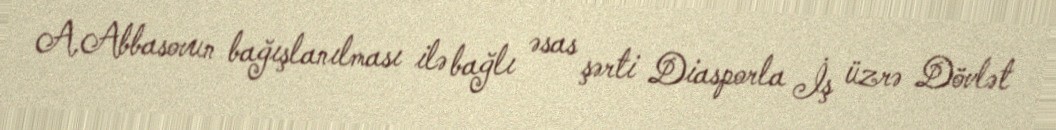
A.Abbasovun bağışlanılması ilə bağlı əsas şərti Diasporla İş üzrə Dövlət